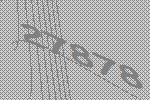
27878